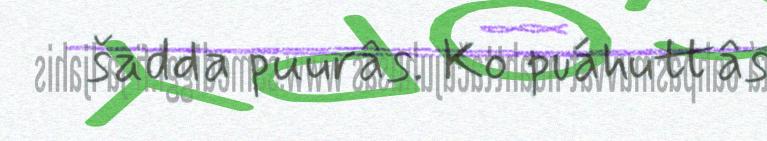
šadda puurâs. Ko puáhuttâs